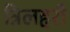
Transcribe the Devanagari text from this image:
त्रिलहरी